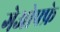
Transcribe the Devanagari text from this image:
गेओफ्फ्रे